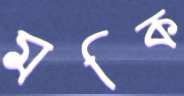
মক্কি